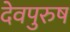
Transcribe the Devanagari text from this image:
देवपुरुष